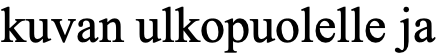
kuvan ulkopuolelle ja